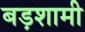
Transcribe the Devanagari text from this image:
बड़शामी